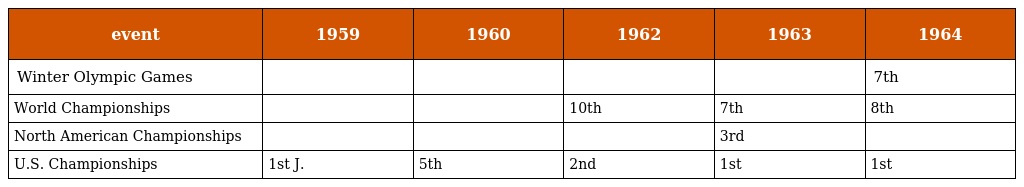
| event | 1959 | 1960 | 1962 | 1963 | 1964 |
 | --- | --- | --- | --- | --- | --- |
 | Winter Olympic Games |  |  |  |  | 7th |
 | World Championships |  |  | 10th | 7th | 8th |
 | North American Championships |  |  |  | 3rd |  |
 | U.S. Championships | 1st J. | 5th | 2nd | 1st | 1st |